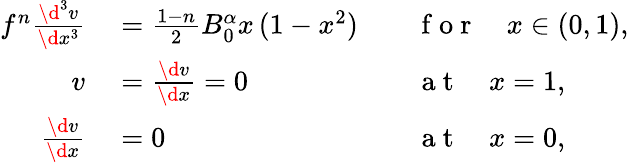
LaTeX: \begin{array}{rlrl}{f^{n}\frac{\d^{3}v}{\d x^{3}}}&{{}=\frac{1-n}{2}B_{0}^{\alpha}x\, (1-x^{2})}&{}&{{}\mathrm{~f~o~r~}\quad x\in(0,1),}\\ {v}&{{}=\frac{\d v}{\d x}=0}&{}&{{}\mathrm{~a~t~}\quad x=1,}\\ {\frac{\d v}{\d x}}&{{}=0}&{}&{{}\mathrm{~a~t~}\quad x=0,}\end{array}